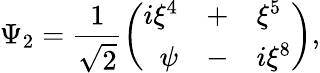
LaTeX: \Psi_{2}=\frac{1}{\sqrt{2}}\left(\begin{array}{rcl}{{i\xi^{4}}}&{{+}}&{{\xi^{5}}}\\ {{\psi}}&{{-}}&{{i\xi^{8}}}\end{array}\right),